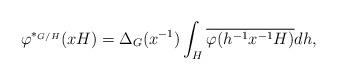
LaTeX: \begin{align*}\varphi^{\ast_{G/H}}(xH)=\Delta_G(x^{-1})\int_H\overline{\varphi(h^{-1}x^{-1}H)}dh,\end{align*}